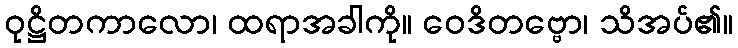
ဝုဋ္ဌိတကာလော၊ ထရာအခါကို။ ဝေဒိတဗ္ဗော၊ သိအပ်၏။